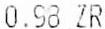
0.98 ZR